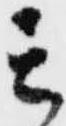
其